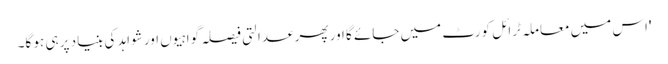
'اس میں معاملہ ٹرائل کورٹ میں جائے گا اور پھر عدالتی فیصلہ گواہیوں اور شواہد کی بنیاد پر ہی ہو گا۔